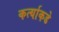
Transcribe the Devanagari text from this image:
कर्त्याकडे